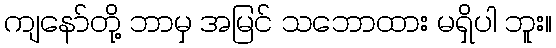
ကျနော်တို့ ဘာမှ အမြင် သဘောထား မရှိပါ ဘူး။